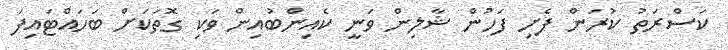
ކަސްރަތު ކުރަން ފެށި ފަހުން ޝާލިން ވަނީ ކެއިންބުއިން ވަކި ގޮތަކަށް ބަހައްޓައިފަ